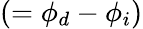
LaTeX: \left(=\phi_{d}-\phi_{i}\right)